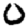
Digit: 0